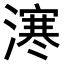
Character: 𣽬